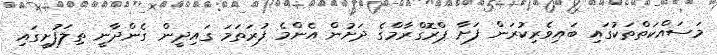
މަސައްކަތްތަކުގައި ބައިވެރިކުރަން ފަށާ ޕްރޮގްރާމްގެ ދަށުން އެންމެ ފުރަތަމަ ގައިދީން ގެންދާނީ ތިލަފުށީގައި